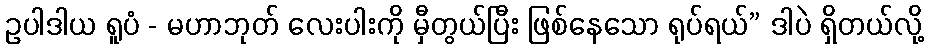
ဥပါဒါယ ရူပံ - မဟာဘုတ် လေးပါးကို မှီတွယ်ပြီး ဖြစ်နေသော ရုပ်ရယ်” ဒါပဲ ရှိတယ်လို့